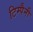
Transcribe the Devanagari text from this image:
टिम्पैनी